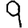
Digit: 9